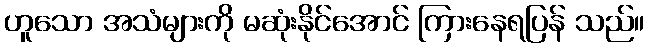
ဟူသော အသံများကို မဆုံးနိုင်အောင် ကြားနေရပြန် သည်။